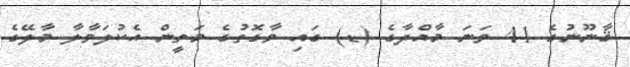
ޤާނޫނުގެ 41 ވަނަ މާއްދާގެ (ޑ) ގައި ވާގޮތުގެ މަތީން އެކުލަވާލާ މާލޭގެ